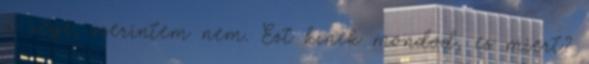
a vége, szerintem nem. Ezt kinek mondod, es miert?